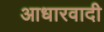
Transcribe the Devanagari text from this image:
आधारवादी